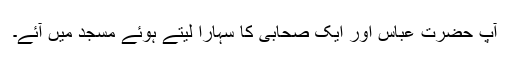
آپ حضرت عباس اور ایک صحابی کا سہارا لیتے ہوئے مسجد میں آئے۔